Document type: Sale
Year: 1430
Scribe: [Unknown]
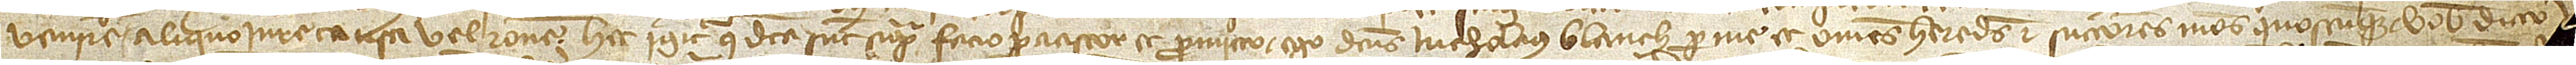
venire aliquo iure, causa vel ratione. Hec igitur que dicta sunt supra facio, paciscor et promitto ego dictus Nicholaus Blanch per me et omnes heredes et successores meos quoscumque vobis dicto [Iacobo]